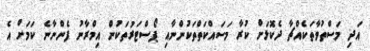
އަދި މަސްތުވާތަކެއްޗާ ދެކޮޅަށް ކުރާ މަސައްކަތްތަކުންނާއި ޕޯސްޓަރުތަކުން އިމްރާނު ފެންނާނެ ކަމަށް އެ